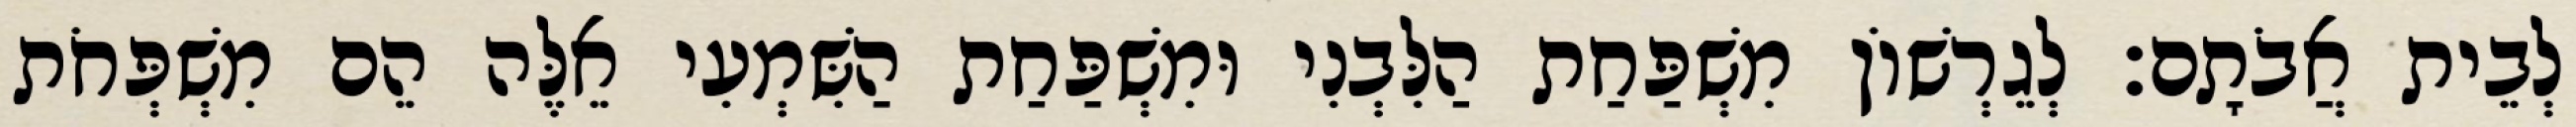
לְבֵית אֲבֹתָם׃ לְגֵרְשׁוֹן מִשְׁפַּחַת הַלִּבְנִי וּמִשְׁפַּחַת הַשִּׁמְעִי אֵלֶּה הֵם מִשְׁפְּחֹת